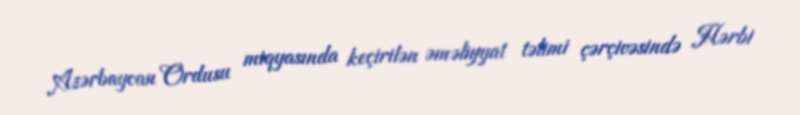
Azərbaycan Ordusu miqyasında keçirilən əməliyyat təlimi çərçivəsində Hərbi